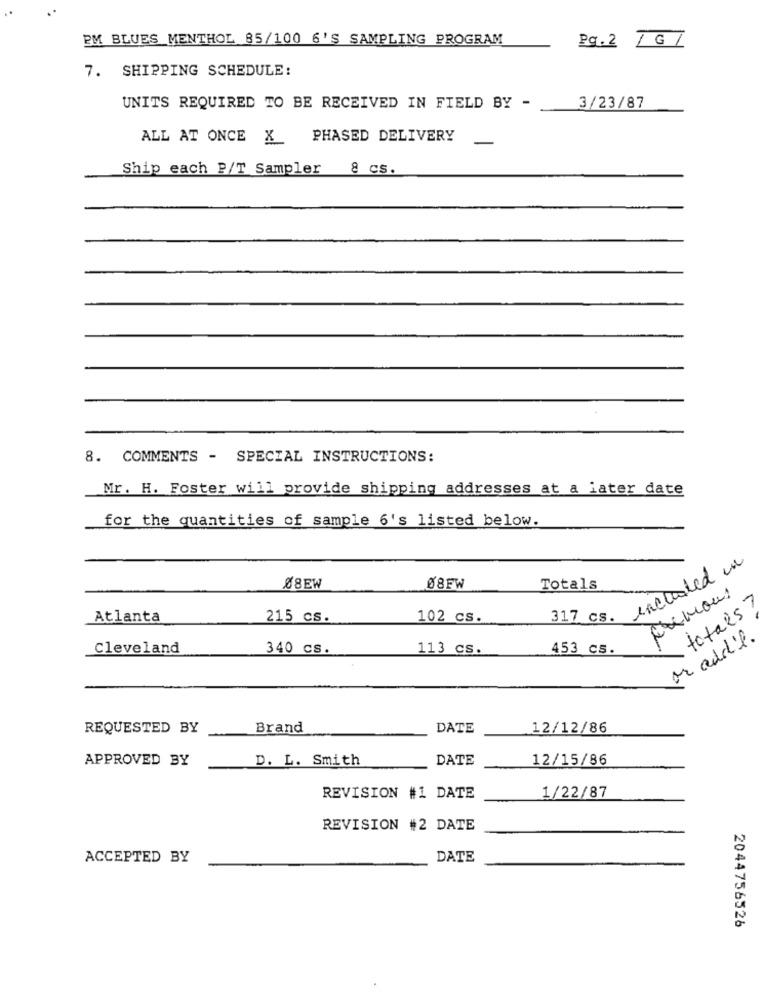
PM BLUES MENTHOL 85/100 6'S SAMPLING PROGRAM
Pg. 2 /G/
7. SHIPPING SCHEDULE:
UNITS REQUIRED TO BE RECEIVED IN FIELD BY -
3/23/87
ALL AT ONCE X_PHASED DELIVERY
-
Ship each P/T Sampler & cs.
8. COMMENTS - SPECIAL INSTRUCTIONS:
Mr. H. Foster will provide shipping addresses at a later date
for the quantities of sample 6's listed below.
inclosted in
Ø8EW
08FW
Totals
totals?
Atlanta
215 cs.
102 cs.
317 cs.
or addil.
Cleveland
340 cs.
113 cs.
453 c5.
REQUESTED BY
Brand
DATE
12/12/86
APPROVED BY
D. L. Smith
DATE
12/15/86
1/22/87
REVISION #1 DATE
REVISION #2 DATE
ACCEPTED BY
DATE
2044756526